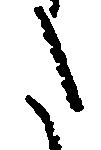
た